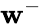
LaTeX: \mathbf{w}^{-}